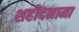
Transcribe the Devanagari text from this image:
शहीदनामा